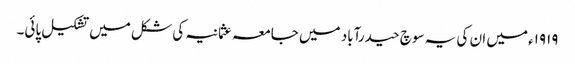
۱۹۱۹ء میں ان کی یہ سوچ حیدرآباد میں جامعہ عثمانیہ کی شکل میں تشکیل پائی۔